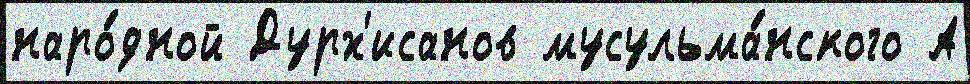
наро́дной Дурх'исанов мусульма́нского А